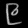
Digit: ၉